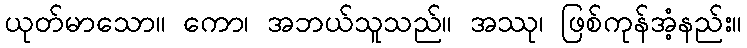
ယုတ်မာသော။ ကော၊ အဘယ်သူသည်။ အဿု၊ ဖြစ်ကုန်အံ့နည်း။